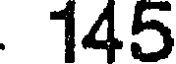
145